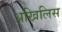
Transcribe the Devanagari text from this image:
अखिलिस